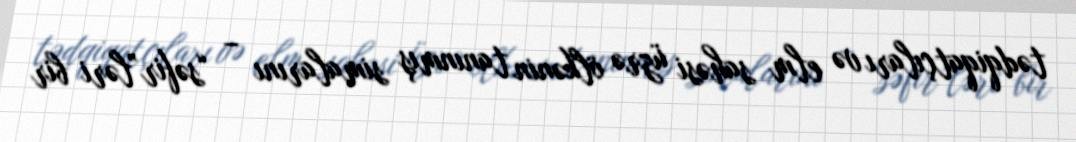
tədqiqatçıları və elm sahəsi üzrə ölkənin tanınmış simalarını – “səfir”ləri bir